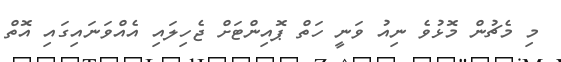
މި މެޗުން މޮޅުވެ ނިއު ވަނީ ހަތް ޕޮއިންޓަށް ޖެހިލައި އެއްވަނައިގައި އޮތް